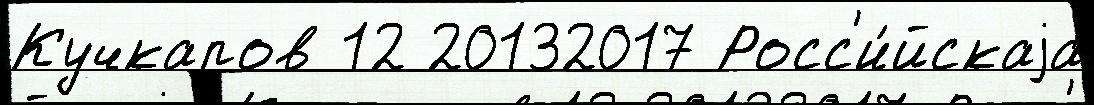
Кучкаров 12 20132017 Росс'и́йскаjа